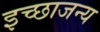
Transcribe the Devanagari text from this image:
इच्छाजन्य